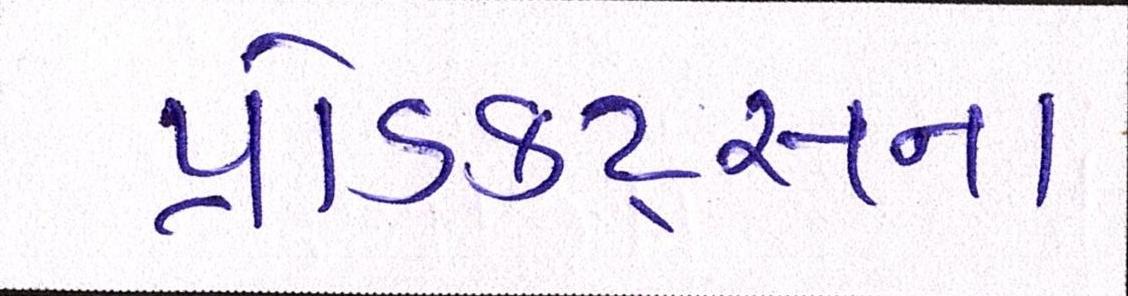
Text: પ્રોડક્ટ્સના